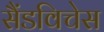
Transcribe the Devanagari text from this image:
सैंडविचेस